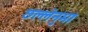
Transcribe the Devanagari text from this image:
छल्लेनुमा